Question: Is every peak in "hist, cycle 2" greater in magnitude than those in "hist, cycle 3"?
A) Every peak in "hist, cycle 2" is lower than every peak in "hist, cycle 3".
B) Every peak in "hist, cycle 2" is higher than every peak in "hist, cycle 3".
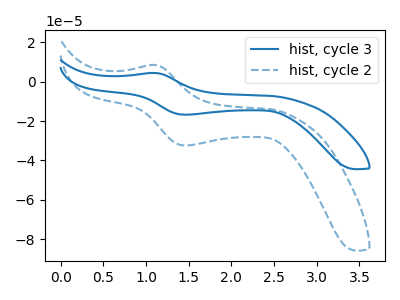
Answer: <think>The blue curve "hist, cycle 3" has an anodic peak at (1.10V, 4.35uA) and a cathodic peak at (1.50V, -16.80uA). The blue dashed curve "hist, cycle 2" has an anodic peak at (1.10V, 8.40uA) and a cathodic peak at (1.50V, -32.40uA).</think>
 <answer>B) Every peak in "hist, cycle 2" is higher than every peak in "hist, cycle 3".</answer>
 <eval>B</eval>